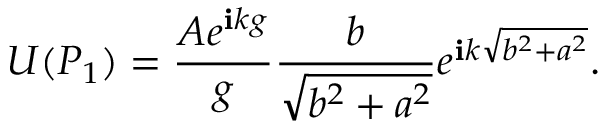
U ( P _ { 1 } ) = { \frac { A e ^ { \mathbf { i } k g } } { g } } { \frac { b } { \sqrt { b ^ { 2 } + a ^ { 2 } } } } e ^ { \mathbf { i } k { \sqrt { b ^ { 2 } + a ^ { 2 } } } } .